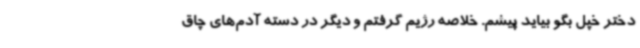
دختر خپل بگو بیاید پیشم. خلاصه رژیم گرفتم و دیگر در دسته آدم‌های چاق